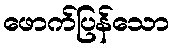
ဖောက်ပြန်သော